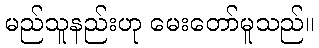
မည်သူနည်းဟု မေးတော်မူသည်။